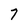
Character: 7